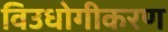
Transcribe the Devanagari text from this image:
विउधोगीकरण